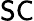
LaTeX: \textsf{SC}